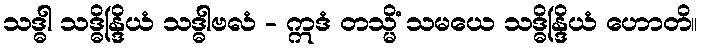
သဒ္ဓါ သဒ္ဓိန္ဒြိယံ သဒ္ဓါဗလံ - ဣဒံ တသ္မိံ သမယေ သဒ္ဓိန္ဒြိယံ ဟောတိ။